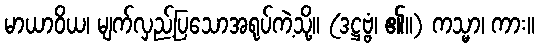
မာယာဝိယ၊ မျက်လှည့်ပြသောအရုပ်ကဲ့သို့။ (ဒဋ္ဌဗ္ဗံ၊ ၏။) ကသ္မာ၊ ကား။